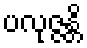
ပလုဇ္ဇန္တိ